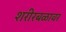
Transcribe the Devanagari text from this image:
शरीरबळावर